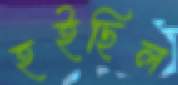
হইছিল